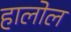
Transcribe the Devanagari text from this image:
हालोल